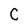
Character: C